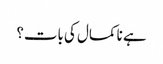
ہے نا کمال کی بات؟